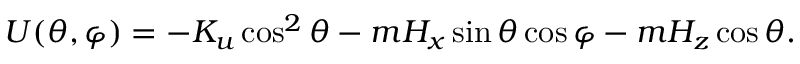
U ( \theta , \varphi ) = - K _ { u } \cos ^ { 2 } \theta - m H _ { x } \sin \theta \cos \varphi - m H _ { z } \cos \theta .